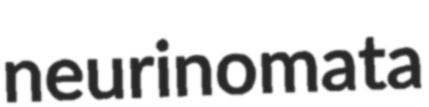
neurinomata